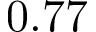
0 . 7 7